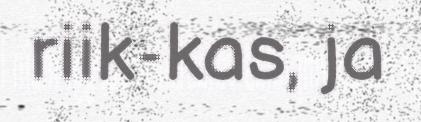
riik-kas, ja